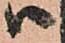
ハ